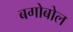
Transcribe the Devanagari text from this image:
बगोबोल